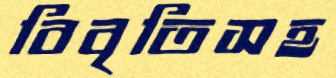
বিবৃতিসহ